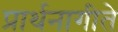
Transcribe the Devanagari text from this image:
प्रार्थनागीते